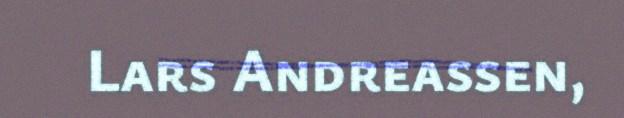
Lars Andreassen,